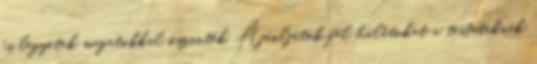
és legyetek magatokkal őszinték. Ajánljátok fel hálátokat a testeteknek